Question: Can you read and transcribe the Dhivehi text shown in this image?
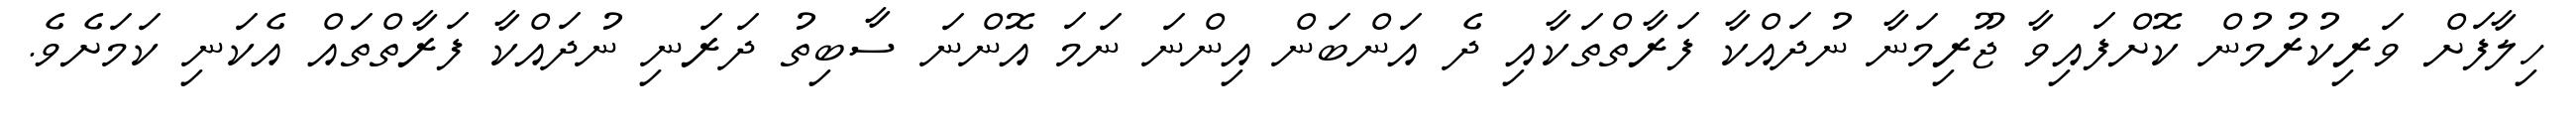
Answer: ހިލާފަށް ވަރިކުރުމުން ކޮށްފައިވާ ޖޫރިމަނާ ނުދައްކާ ފަރާތްތަކާއި ދެ އަންބަން އިންނަ ނަމަ އޮންނަ ސާބިތު ދަރަނި ނުދައްކާ ފަރާތްތައް އެކަނި ކަމަށެވެ.